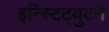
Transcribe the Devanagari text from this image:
इन्स्टिट्युटने